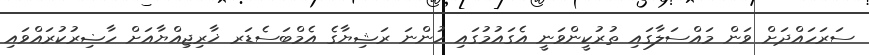
ސަރަހައްދަށް ވަން މައްސަލާގައި ތުރުކީންވަނީ އެގައުމުގައި ހުންނަ ރަޝިޔާގެ އެމްބަސެޑަރ ޚާރިޖިއްޔާއަށް ހާޟިރުކުރައްވައި